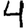
Digit: 4